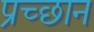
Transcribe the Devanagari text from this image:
प्रच्छान